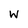
Character: W